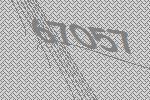
67057